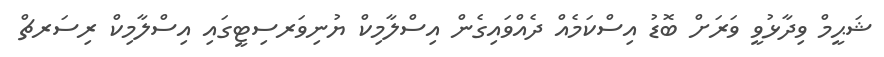
ޝަޙީމް ވިދާޅުވީ ވަރަށް ބޮޑު އިސްކަމެއް ދެއްވައިގެން އިސްލާމިކް ޔުނިވަރސިޓީގައި އިސްލާމިކް ރިސަރޗް